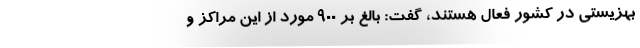
بهزیستی در کشور فعال هستند، گفت: بالغ بر ۹۰۰ مورد از این مراکز و